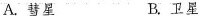
A.彗星 B.卫星